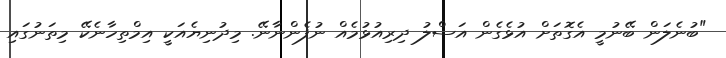
"ބުނެލަން ބޭނުމީ އެގޮތަށް އުޅެގެން އަސްލު ދިރިއުޅުމެއް ނުފެންނާނޭ. މިދުނިޔެއަކީ އިމްތިހާނެކޭ މިތަނުގައި